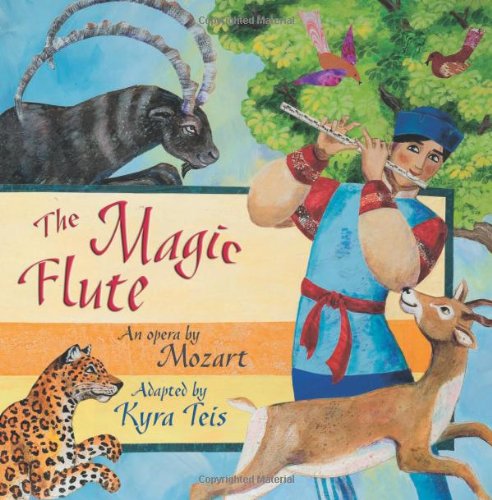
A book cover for The Magic Flute: An Opera by Mozart; Kyra Teis; Children's Books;